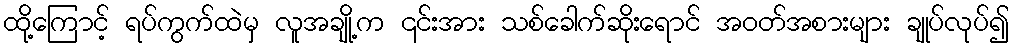
ထို့ကြောင့် ရပ်ကွက်ထဲမှ လူအချို့က ၎င်းအား သစ်ခေါက်ဆိုးရောင် အဝတ်အစားများ ချုပ်လုပ်၍